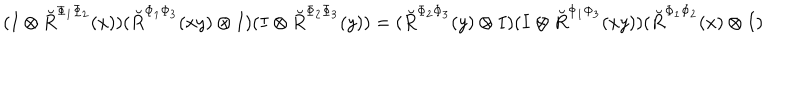
( I \otimes \breve { R } ^ { \Phi _ { 1 } \Phi _ { 2 } } ( x ) ) ( \breve { R } ^ { \Phi _ { 1 } \Phi _ { 3 } } ( x y ) \otimes I ) ( I \otimes \breve { R } ^ { \Phi _ { 2 } \Phi _ { 3 } } ( y ) ) = ( \breve { R } ^ { \Phi _ { 2 } \Phi _ { 3 } } ( y ) \otimes I ) ( I \otimes \breve { R } ^ { \Phi _ { 1 } \Phi _ { 3 } } ( x y ) ) ( \breve { R } ^ { \Phi _ { 1 } \Phi _ { 2 } } ( x ) \otimes I )